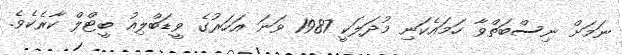
ނަމަށް ނިސްބަތްވާ ހަމައެކަނި މުދަލަކީ 1987 ވަނަ އަހަރުގެ ވީޑަބްލިއު ބީޓްލް ކާރެކެވެ.